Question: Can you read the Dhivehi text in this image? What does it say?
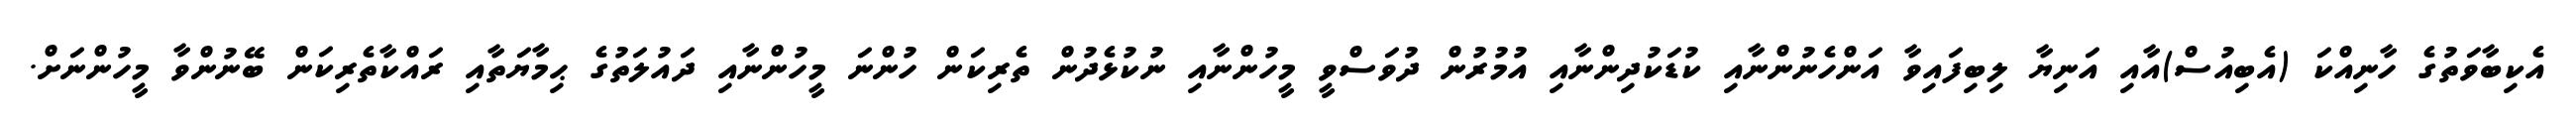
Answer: އެކިބާވަތުގެ ހާނިއްކަ (އެބިއުސް)އާއި އަނިޔާ ލިބިފައިވާ އަންހެނުންނާއި ކުޑަކުދިންނާއި އުމުރުން ދުވަސްވީ މީހުންނާއި ނުކުޅެދުން ތެރިކަން ހުންނަ މީހުންނާއި ދައުލަތުގެ ޙިމާޔަތާއި ރައްކާތެރިކަން ބޭނުންވާ މީހުންނަށް.